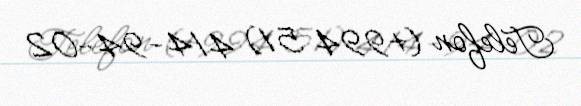
Telefon (+994 51) 414-94-02